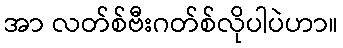
အာ လတ်စ်ဗီးဂတ်စ်လိုပါပဲဟာ။